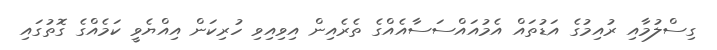
ގިސްލުމާއި ރުއިމުގެ އަޑުތައް އެމުއައްސަސާއެއްގެ ތެރެއިން އިވިއިވި ހުރިކަން އިއްޔެވީ ކަމެއްގެ ގޮތުގައި